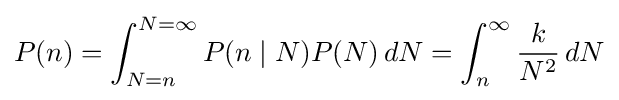
P(n)=\int _{N=n}^{N=\infty }P(n\mid N)P(N)\,dN=\int _{n}^{\infty }{\frac {k}{N^{2}}}\,dN